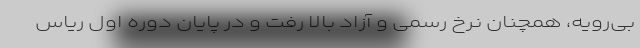
بی‌رویه، همچنان نرخ رسمی و آزاد بالا رفت و در پایان دوره اول ریاس